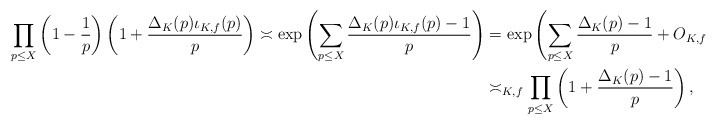
\begin{align*}\prod_{p \leq X} \left(1-\frac{1}{p}\right)\left(1+\frac{\Delta_K(p)\iota_{K,f}(p)}{p}\right) \asymp \exp\left(\sum_{p \leq X} \frac{\Delta_K(p)\iota_{K,f}(p)-1}{p}\right) &= \exp\left(\sum_{p \leq X} \frac{\Delta_K(p)-1}{p} + O_{K,f}(1)\right) \\&\asymp_{K,f} \prod_{p \leq X} \left(1+\frac{\Delta_K(p)-1}{p}\right),\end{align*}